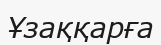
Ұзаққарға